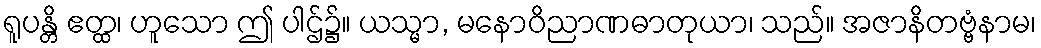
ရူပန္တိ ဧတ္ထ၊ ဟူသော ဤ ပါဌ်၌။ ယသ္မာ, မနောဝိညာဏဓာတုယာ၊ သည်။ အဇာနိတဗ္ဗံနာမ၊